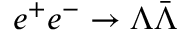
e ^ { + } e ^ { - } \to \Lambda \bar { \Lambda }